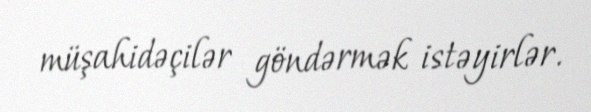
müşahidəçilər göndərmək istəyirlər.